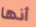
أنها